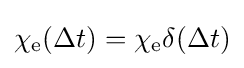
\chi _{\text{e}}(\Delta t)=\chi _{\text{e}}\delta (\Delta t)